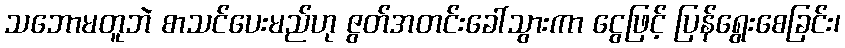
သဘောမတူဘဲ စာသင်ပေးမည်ဟု ဇွတ်အတင်းခေါ်သွားကာ ငွေဖြင့် ပြန်ရွေးစေခြင်း၊